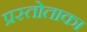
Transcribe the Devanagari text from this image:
प्रस्तोताका